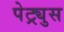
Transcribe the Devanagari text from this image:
पेट्र्युस